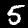
Label: 5